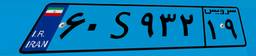
۶۰S۹۳۲۱۹